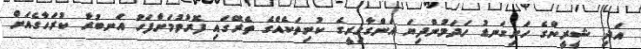
އަދި ޝީރީންގެ ހަށިގަނޑު ހަދަމުންދިޔަ އަންގާގިރީގެ ކުނިތަކެއްގެ ތެރޭގައި ފޮރުވުމަށްފަހު އަނބުރާ ކުރަހާގެއަށް